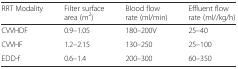
<table><thead><tr><td><b>RRT Modality</b></td><td><b>Filter surface area (m<sup>2</sup>)</b></td><td><b>Blood flow rate (ml/min)</b></td><td><b>Effluent flow rate (ml//kg/h)</b></td></tr></thead><tbody><tr><td>CVVHDF</td><td>0.9–1.05</td><td>180–200V</td><td>25–40</td></tr><tr><td>CVVHF</td><td>1.2–2.15</td><td>130–250</td><td>25–100</td></tr><tr><td>EDD-f</td><td>0.6–1.4</td><td>200–300</td><td>60–350</td></tr></tbody></table>